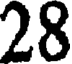
28